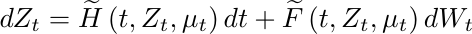
\begin{equation*}
	d Z_t = \widetilde{H}\left(t, Z_t, \mu_t \right) d t + \widetilde{F}\left(t, Z_t, \mu_t \right) d W_t
\end{equation*}